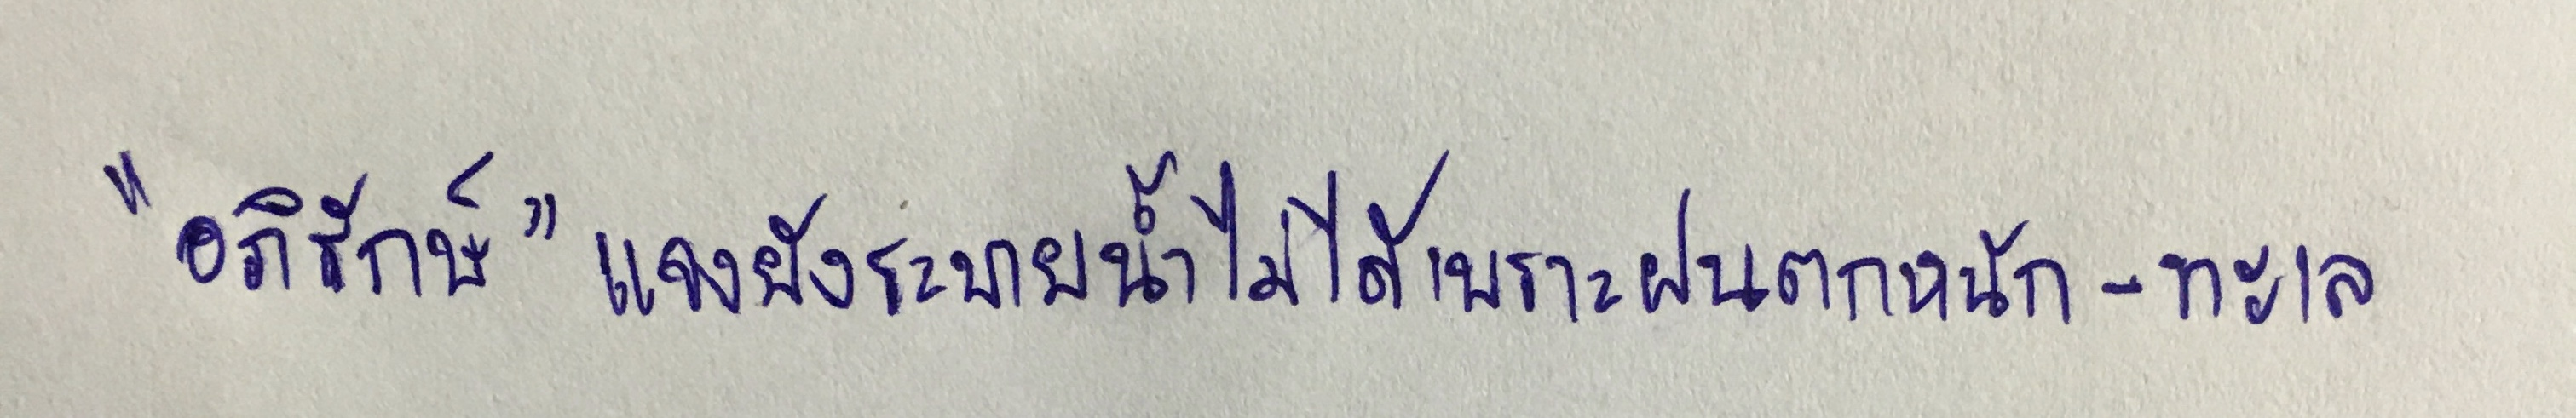
"อภิรักษ์"แจงยังระบายน้ำไม่ได้เพราะฝนตกหนัก-ทะเล